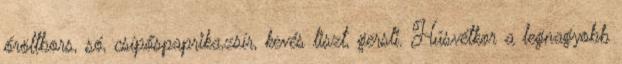
őröltbors, só, csípőspaprika,zsír, kevés liszt, gersli. Húsvétkor a legnagyobb